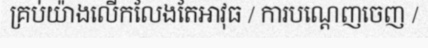
គ្រប់យ៉ាងលើកលែងតែអាវុធ / ការបណ្តេញចេញ /